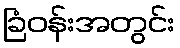
ခြံဝန်းအတွင်း